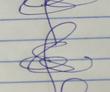
Signature authenticity: genuine